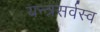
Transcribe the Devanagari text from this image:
यन्त्रसर्वस्व